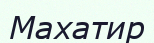
Махатир